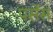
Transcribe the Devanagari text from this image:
पर्सेस